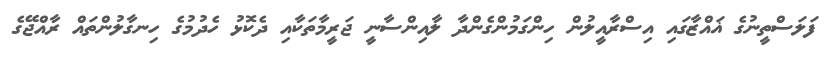
ފަލަސްތީނުގެ ޣައްޒާގައި އިސްރާއީލުން ހިންގަމުންގެންދާ ލާއިންސާނީ ޖަރީމާތަކާއި ދެކޮޅު ހެދުމުގެ ހިނގާލުންތައް ރާއްޖޭގެ